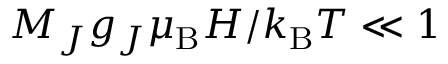
M _ { J } g _ { J } \mu _ { \mathrm { B } } H / k _ { \mathrm { B } } T \ll 1